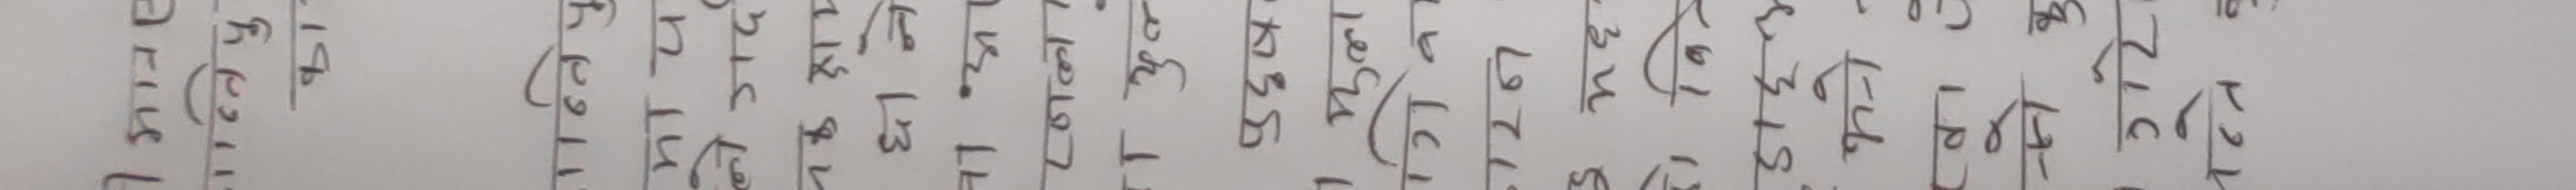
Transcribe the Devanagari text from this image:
म यस्तो मान्छे हुँ जसले
मैले उसको कामलाई धेरै नै मन पराएँ
यो बारेमा मेरो आफ्नो विचार यहाँ राखेको छु
अब उसलाई कतियो काममा दिँदा उपयुक्त हुन्छ
अमलाई पनि सहज भएसकेको हुन पुगेको छ